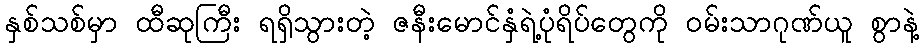
နှစ်သစ်မှာ ထီဆုကြီး ရရှိသွားတဲ့ ဇနီးမောင်နှံရဲ့ပုံရိပ်တွေကို ဝမ်းသာဂုဏ်ယူ စွာနဲ့